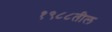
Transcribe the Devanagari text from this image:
१९८८तील